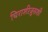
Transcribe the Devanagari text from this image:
चिराशीज़ूसशी